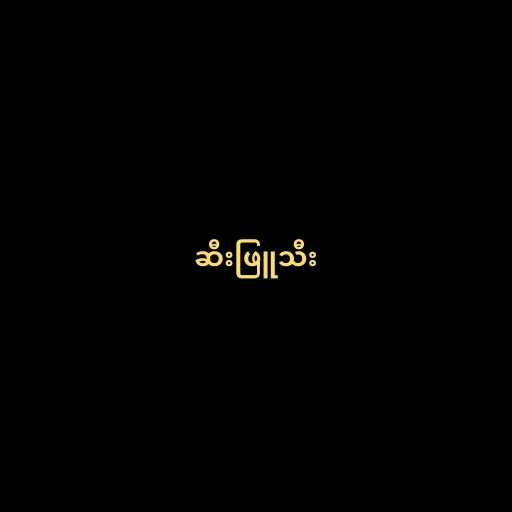
ဆီးဖြူသီး